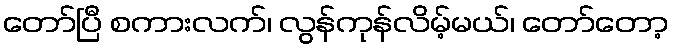
တော်ပြီ စကားလက်၊ လွန်ကုန်လိမ့်မယ်၊ တော်တော့